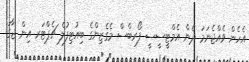
އެހެން ވެއްޖެނަމަ ދެން އެމްޓީސީސީ ފޯރބްސް މެގެޒިންގެ ބިއުޓިފުލް ޗެޕްޓަރ އިން ޖާގަ